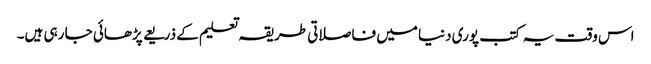
اس وقت یہ کتب پوری دنیا میں فاصلاتی طریقہ تعلیم کے ذریعے پڑھائی جا رہی ہیں۔